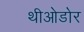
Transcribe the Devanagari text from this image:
थीओडोर